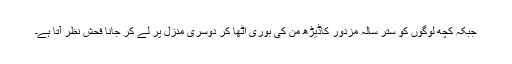
جبکہ کچھ لوگوں کو ستر سالہ مزدور کاڈیڑھ من کی بوری اٹھا کر دوسری منزل پر لے کر جانا فحش نظر آتا ہے۔